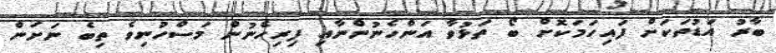
ބާރު އަޑުތަކަށް ފައިހަމަކޮށް ބޯ ތަޅުވާ އަންހެނުންނާއި ފިރިހެނުން މަސްހުނިވެ ތިބެ ނަށަން